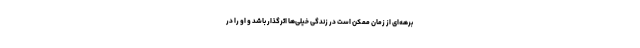
برهه‌ای از زمان ممکن است در زندگی خیلی‌ها اثرگذار باشد و او را در